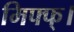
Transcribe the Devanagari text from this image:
मिफ्फ्।